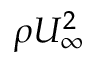
\rho U _ { \infty } ^ { 2 }